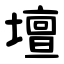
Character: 壇